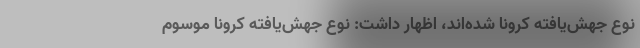
نوع جهش‌یافته کرونا شده‌اند، اظهار داشت: نوع جهش‌یافته کرونا موسوم